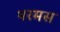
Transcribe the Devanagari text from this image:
थरमस